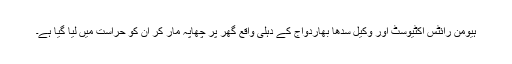
ہیومن رائٹس اکٹیوسٹ اور وکیل سدھا بھاردواج کے دہلی واقع گھر پر چھاپہ مار کر ان کو حراست میں لیا گیا ہے۔